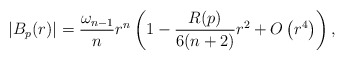
\begin{align*}|B_p(r)|=\frac{\omega_{n-1}}{n} r^{n}\left(1-\frac{R(p)}{6(n+2)} r^{2}+O\left(r^4\right)\right),\end{align*}